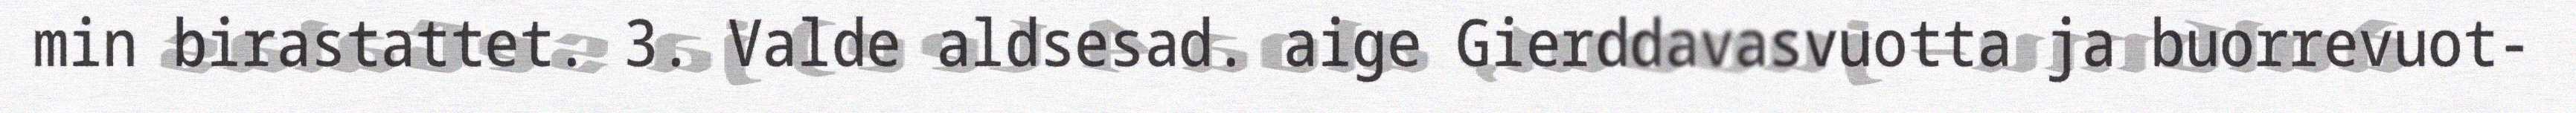
min birastattet. 3. Valde aldsesad. aige Gierddavasvuotta ja buorrevuot-